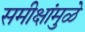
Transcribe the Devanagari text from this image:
समीक्षांमुळे